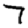
Digit: 7